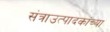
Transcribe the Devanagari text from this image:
संत्राउत्पादकांच्या